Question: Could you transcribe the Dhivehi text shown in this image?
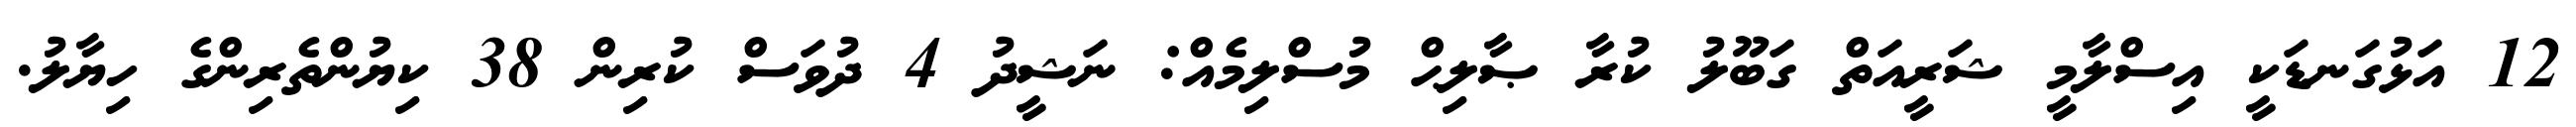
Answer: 12 އަޅުގަނޑަކީ އިސްލާމީ ޝަރީއަތް ގަބޫލު ކުރާ ޞާލިޙް މުސްލިމެއް: ނަޝީދު 4 ދުވަސް ކުރިން 38 ކިޔުންތެރިންގެ ހިޔާލު.